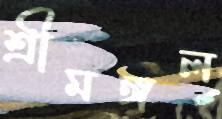
শ্রীমঙ্গল